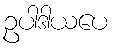
ဥပါဒါယပေ